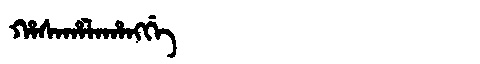
Manchu: ᡥᠠᠰᠠᡥᠠᠯᠠᡥᠠᠩᡤᡝ
Romanization: HASAHALAHANGGE